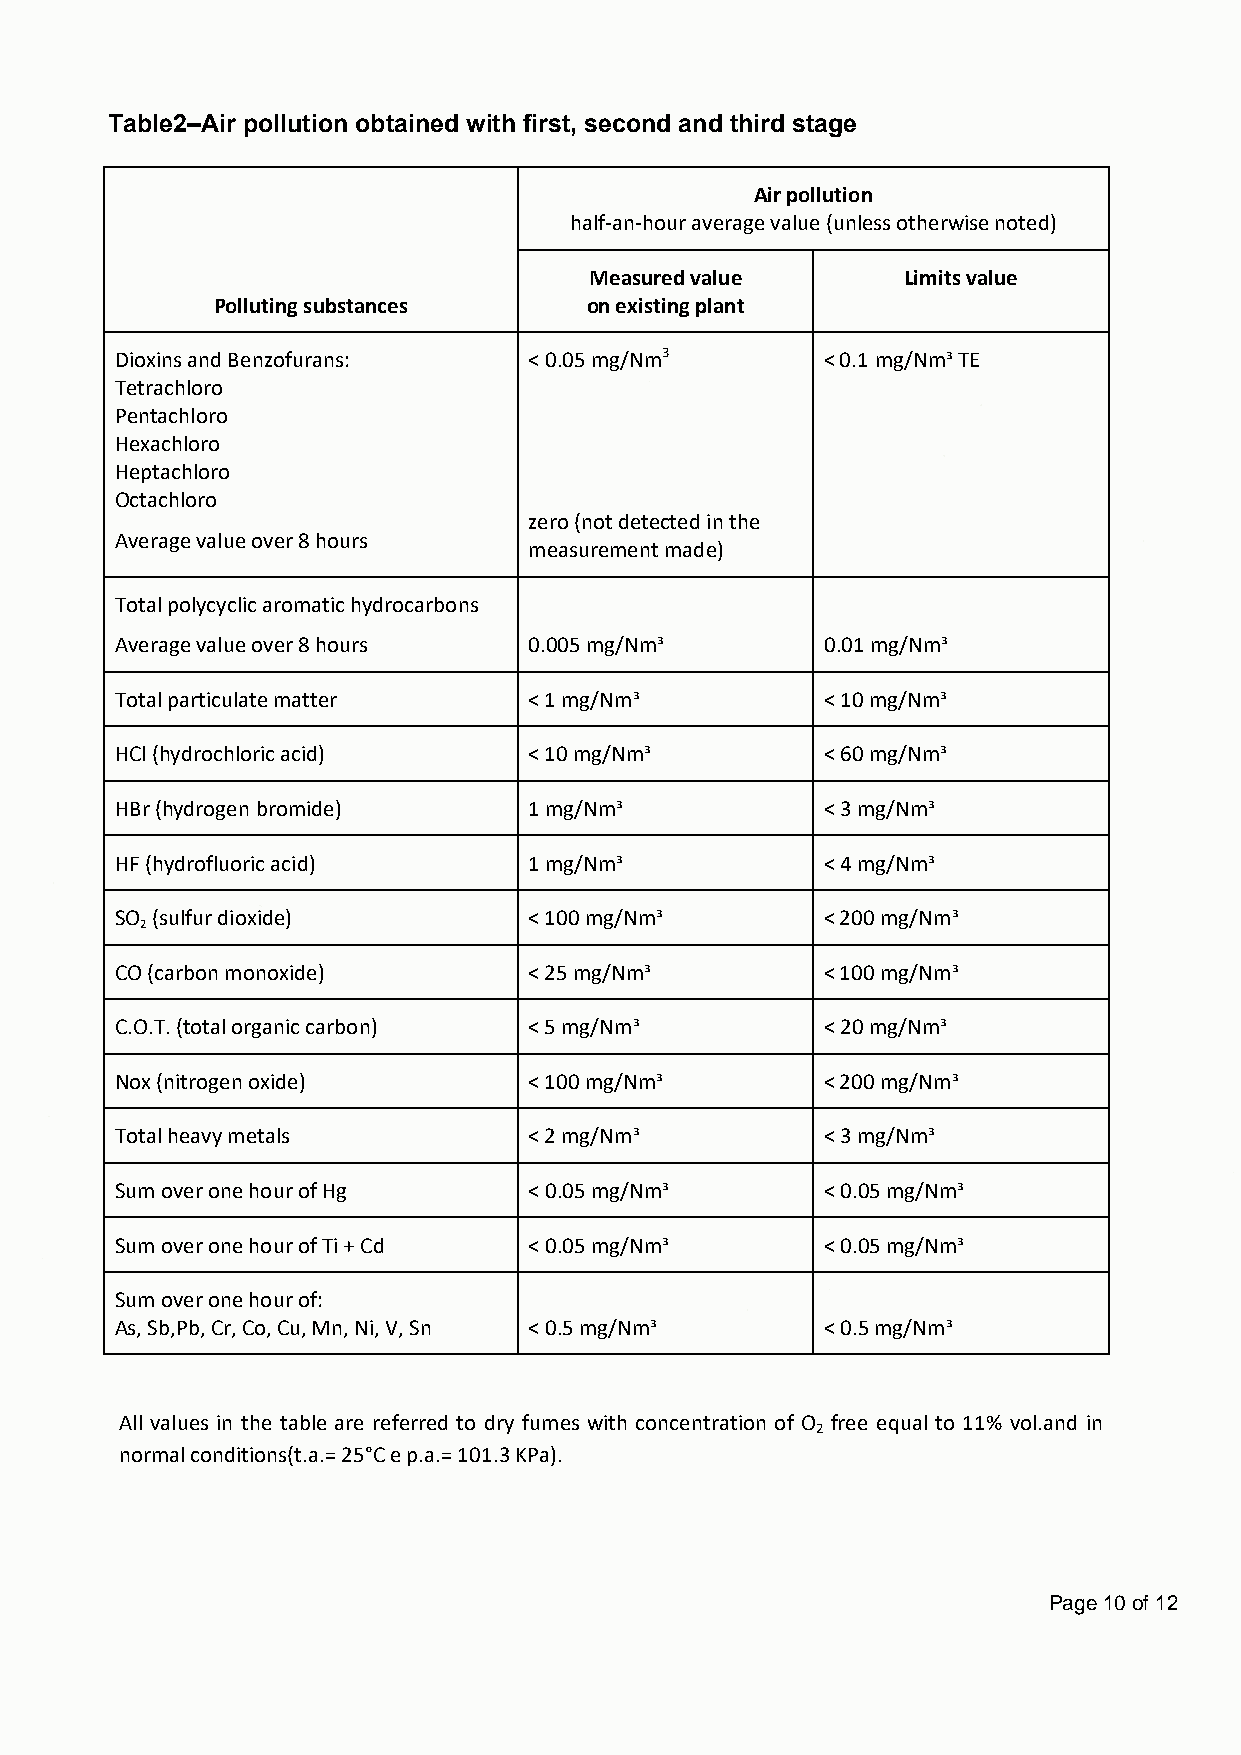
Table2–Air pollution obtained with first, second and third stage
 Air pollution
 half-an-hour average value (unless otherwise noted)
 Measured value       Limits value
 Polluting substances     on existing plant
 Dioxins and Benzofurans:   < 0.05 mg/Nm3       < 0.1 mg/Nm³ TE
 Tetrachloro
 Pentachloro
 Hexachloro
 Heptachloro
 Octachloro
 zero (not detected in the
 Average value over 8 hours
 measurement made)
 Total polycyclic aromatic hydrocarbons
 Average value over 8 hours 0.005 mg/Nm³        0.01 mg/Nm³
 Total particulate matter   < 1 mg/Nm³          < 10 mg/Nm³
 HCl (hydrochloric acid)    < 10 mg/Nm³         < 60 mg/Nm³
 HBr (hydrogen bromide)     1 mg/Nm³            < 3 mg/Nm³
 HF (hydrofluoric acid)     1 mg/Nm³            < 4 mg/Nm³
 SO (sulfur dioxide)        < 100 mg/Nm³        < 200 mg/Nm³
 2
 CO (carbon monoxide)       < 25 mg/Nm³         < 100 mg/Nm³
 C.O.T. (total organic carbon) < 5 mg/Nm³       < 20 mg/Nm³
 Nox (nitrogen oxide)       < 100 mg/Nm³        < 200 mg/Nm³
 Total heavy metals         < 2 mg/Nm³          < 3 mg/Nm³
 Sum over one hour of Hg    < 0.05 mg/Nm³       < 0.05 mg/Nm³
 Sum over one hour of Ti + Cd < 0.05 mg/Nm³     < 0.05 mg/Nm³
 Sum over one hour of:
 As, Sb,Pb, Cr, Co, Cu, Mn, Ni, V, Sn < 0.5 mg/Nm³ < 0.5 mg/Nm³
 All values in the table are referred to dry fumes with concentration of O free equal to 11% vol.and in
 2
 normal conditions(t.a.= 25°C e p.a.= 101.3 KPa).
 Page 10 of 12